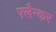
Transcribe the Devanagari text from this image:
फ्लैन्कर